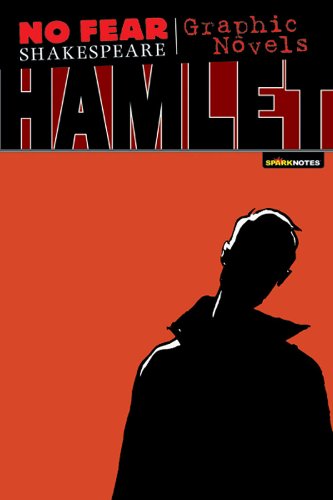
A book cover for Hamlet (No Fear Shakespeare Graphic Novels); William Shakespeare; Comics & Graphic Novels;